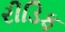
રીડિફ